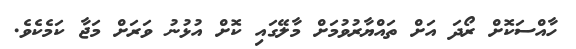
ހާއްސަކޮށް ރޯދަ އަށް ތައްޔާރުވުމަށް މާލޭގައި ކޮށް އުޅުނު ވަރަށް މަޖާ ކަމެކެވެ.